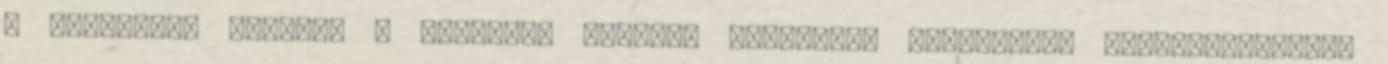
a botanikus kertbe, s elsőként szervez botanikai tanulmányi kirándulásokat.